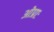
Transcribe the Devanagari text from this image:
ओप्राः